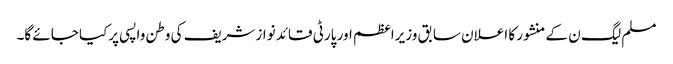
مسلم لیگ ن کے منشور کا اعلان سابق وزیراعظم اور پارٹی قائد نوازشریف کی وطن واپسی پرکیا جائے گا۔